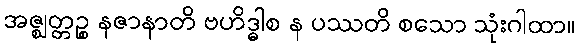
အဇ္ဈတ္တဉ္စ နဇာနာတိ ဗဟိဒ္ဓါစ န ပဿတိ စသော သုံးဂါထာ။